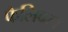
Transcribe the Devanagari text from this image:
फैलिबल